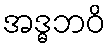
အဒ္ဓဘဝိ